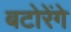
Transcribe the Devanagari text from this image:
बटोरेंगे